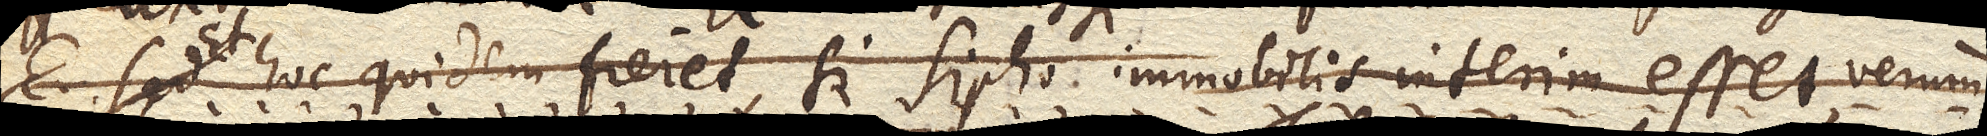
Et hoc quidem fieret, si sipho immobilis interim esset, verum